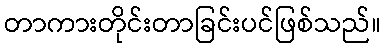
တာကားတိုင်းတာခြင်းပင်ဖြစ်သည်။